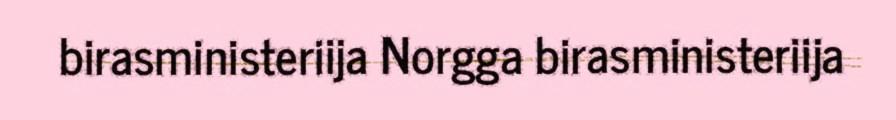
birasministeriija Norgga birasministeriija